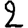
Digit: 2